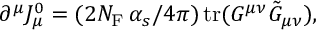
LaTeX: \partial ^ { \mu } J _ { \mu } ^ { 0 } = ( 2 N _ { \mathrm { F } } \, { \alpha _ { s } / 4 \pi } ) \, \mathrm { t r } ( G ^ { \mu \nu } \tilde { G } _ { \mu \nu } ) ,